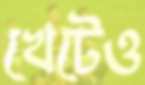
খেটেও